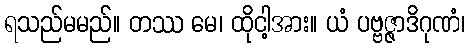
ရသည်မမည်။ တဿ မေ၊ ထိုငါ့အား။ ယံ ပဗ္ဗဇ္ဇာဒိဂုဏံ၊